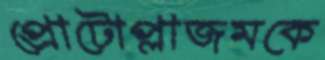
প্রোটোপ্লাজমকে